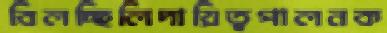
বিলচ্ছিলিদায়িত্বপালনক